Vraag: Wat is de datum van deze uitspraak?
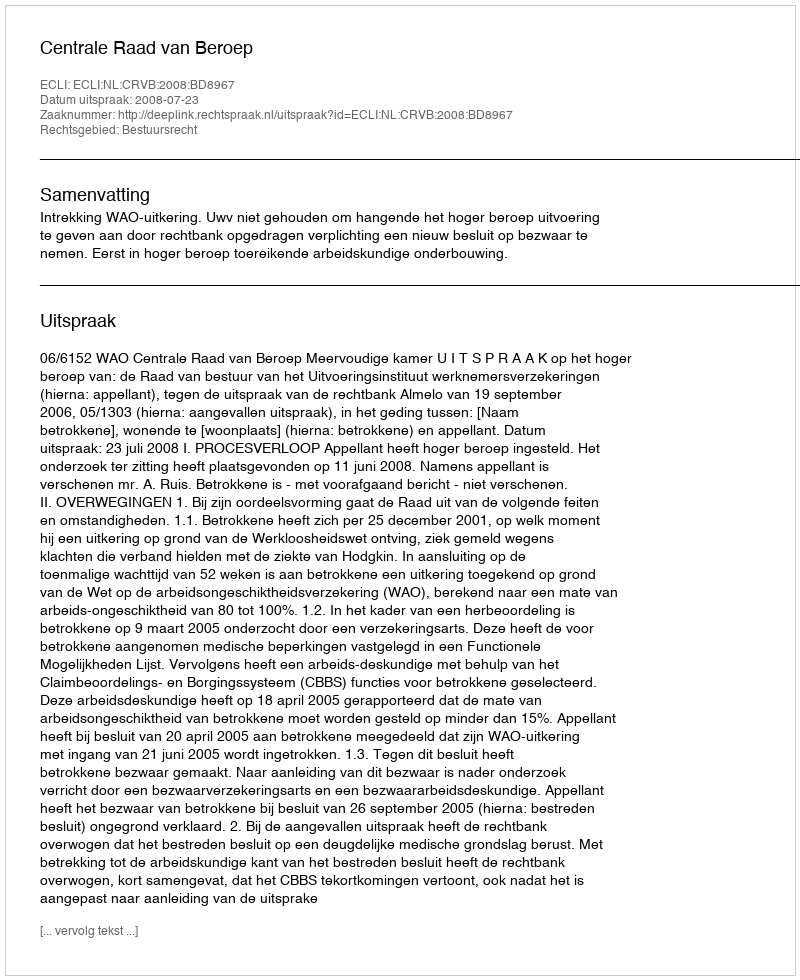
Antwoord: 2008-07-23